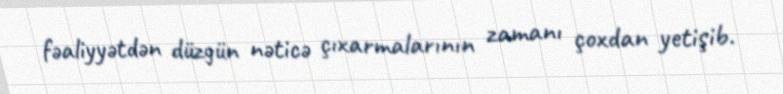
fəaliyyətdən düzgün nəticə çıxarmalarının zamanı çoxdan yetişib.